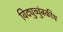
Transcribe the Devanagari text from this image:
विद्युच्चुंबकीथ